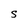
Character: S